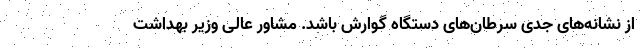
از نشانه‌های جدی سرطان‌های دستگاه گوارش باشد. مشاور عالی وزیر بهداشت